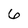
Character: 6